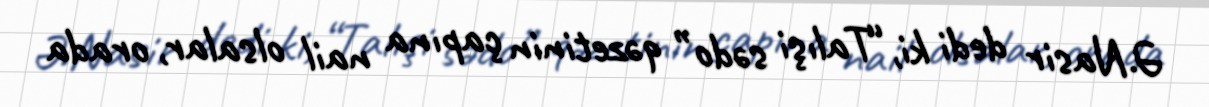
Ə.Nasir dedi ki, “Talışi sədo” qəzetinin çapına nail olsalar, orada